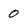
Character: 0